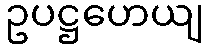
ဥပဋ္ဌဟေယျ